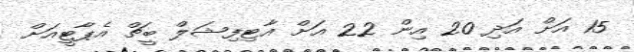
15 އަށް އަދި 20 އިން 22 އަށް އާޓިފިޝަލް ބީޗް އެޕާޓީއަށް